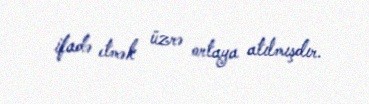
ifadə etmək üzrə ortaya atılmışdır.